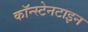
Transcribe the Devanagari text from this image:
कॉन्स्टेनटाइन